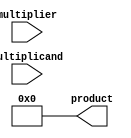
module Booth_Multiplier (
    input [7:0] multiplicand,
    input [7:0] multiplier,
    output reg [15:0] product
);

reg [7:0] A, S, P;
reg [3:0] count;

always @(*) begin
    A = {multiplicand, 8'b0}; // sign extend multiplicand
    S = {multiplier, 8'b0}; // sign extend multiplier
    P = -multiplicand; // 2's complement of multiplicand
    count = 4'b1000; // initialize count to 8
    product = 16'd0; // initialize product to 0
end

always @(posedge clk) begin
    if(count > 0) begin
        if(S[0] == 1 && P[0] == 0) begin
            product = product + A; // A to product
        end
        if(S[0] == 0 && P[0] == 1) begin
            product = product + P; // P to product
        end
        if(S[0] == 0 && P[0] == 0) begin
            // no operation
        end
        if(S[0] == 1 && P[0] == 1) begin
            // no operation
        end

        // arithmetic right shift A and S
        A = A >> 1;
        P = P << 1;
        count = count - 1;
    end
end

endmodule